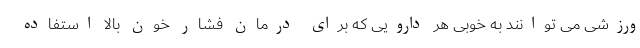
ورزشی می توانند به خوبی هر دارویی که برای درمان فشار خون بالا استفاده